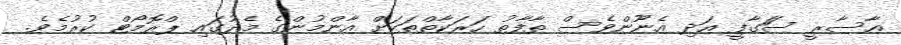
އާސާރީ ސަަގާފީ އަދި އެނޫންވެސް ތާފާތު ހަރަކާތްތަކަށް އާންމުންގެ މެދުގައި ޕްރޮމޯޯޓް ކުރުމެވެ.